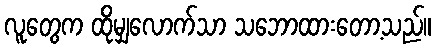
လူတွေက ထိုမျှလောက်သာ သဘောထားတော့သည်။